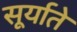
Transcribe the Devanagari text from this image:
सूर्याते